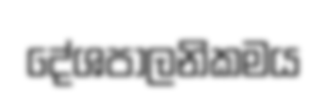
දේශපාලනිකමය